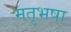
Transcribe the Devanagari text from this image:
मतृभषा